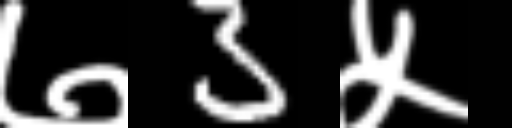
Text: ७3५